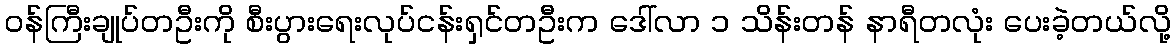
ဝန်ကြီးချုပ်တဦးကို စီးပွားရေးလုပ်ငန်းရှင်တဦးက ဒေါ်လာ ၁ သိန်းတန် နာရီတလုံး ပေးခဲ့တယ်လို့